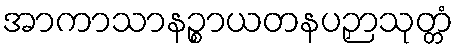
အာကာသာနဉ္စာယတနပဉှာသုတ္တံ